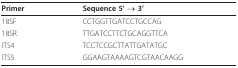
| Primer | Sequence 5' → 3' |
 | --- | --- |
 | 18SF | CCTGGTTGATCCTGCCAG |
 | 18SR | TTGATCCTTCTGCAGGTTCA |
 | ITS4 | TCCTCCGCTTATTGATATGC |
 | ITS5 | GGAAGTAAAAGTCGTAACAAGG |